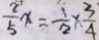
\frac { 2 } { 5 } x = \frac { 1 } { 2 } \times \frac { 3 } { 4 }